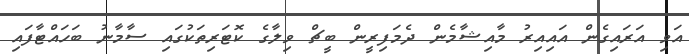
އަވި އަރައިގެން އައިއިރު މާއިޝާމެން ދެމަފިރީން ބީޗް ވިލާގެ ކޮޓަރިތަކުގައި ސާމާނު ބަހައްޓާފައި